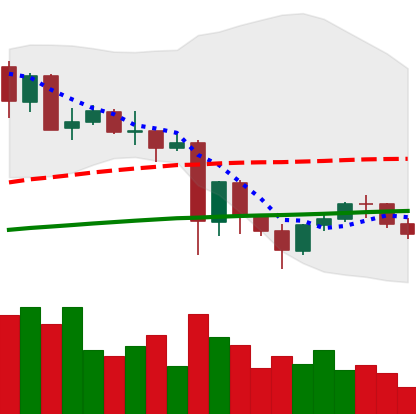
Ticker: NEO-USD
Chart end date: 2021-05-29
Forward return: 22.257%
Label: up_7plus